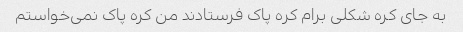
به جای کره شکلی برام کره پاک فرستادند من کره پاک نمی‌خواستم